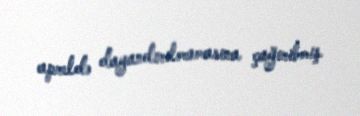
apreldə dayandırılmamasına çağırıbmış.